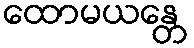
ထောမယန္တေ